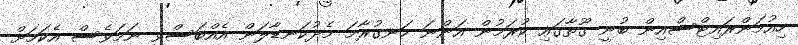
ހިއުމަންރައިޓްސްއިން ބުނީ ގޫތާގައި ކުރަމުން އަންނަ ހަނގުރާމަ މެދުކަނޑާލަން އެއްބަސްވި ނަމަވެސް އެކަމަށް